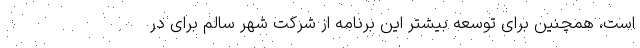
است، همچنین برای توسعه بیشتر این برنامه از شرکت شهر سالم برای در